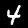
Digit: 4